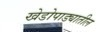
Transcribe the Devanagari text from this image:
खेडोपाड्यातील